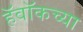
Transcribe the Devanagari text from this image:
हॅवॉकच्या